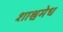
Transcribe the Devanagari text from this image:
शाश्वमेध